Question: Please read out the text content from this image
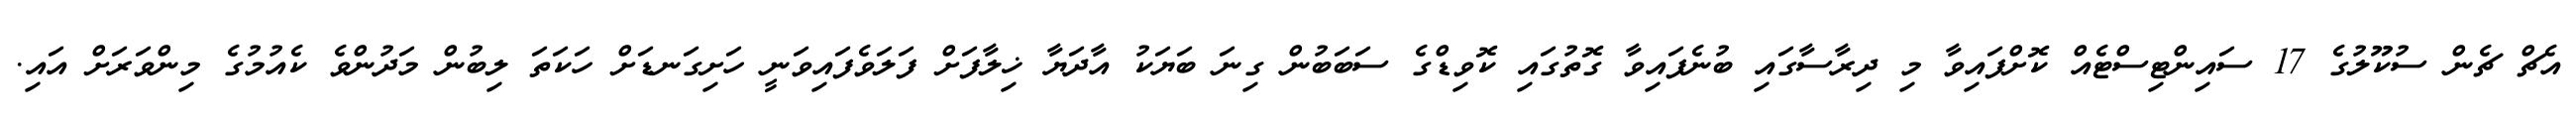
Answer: އެޗް ޗެން ސުކޫލުގެ 17 ސައިންޓިސްޓެއް ކޮށްފައިވާ މި ދިރާސާގައި ބުނެފައިވާ ގޮތުގައި ކޮވިޑްގެ ސަބަބުން ގިނަ ބަޔަކު އާދަޔާ ޚިލާފަށް ފަލަވެފައިވަނީ ހަށިގަނޑަށް ހަކަތަ ލިބުން މަދުންވެ ކެއުމުގެ މިންވަރަށް އައި.